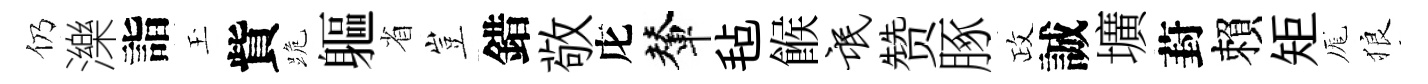
仍濼詣玉貲跪軀省豈錯敬庀輦毡餱氓赞䐁政誠壙葑賴矩厖狼